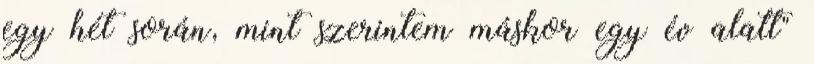
egy hét során, mint szerintem máskor egy év alatt"